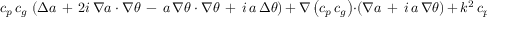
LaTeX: c _ { p } \, c _ { g } \, \left( \Delta a \, + \, 2 i \, \nabla a \cdot \nabla \theta \, - \, a \, \nabla \theta \cdot \nabla \theta \, + \, i \, a \, \Delta \theta \right) \, + \, \nabla \left( c _ { p } \, c _ { g } \right) \cdot \left( \nabla a \, + \, i \, a \, \nabla \theta \right) \, + \, k ^ { 2 } \, c _ { p } \, c _ { g } \, a \, = \, 0 .